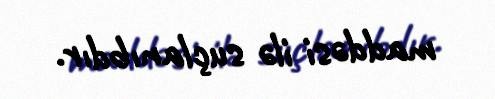
maddəsi ilə suçlanıbdır.